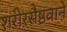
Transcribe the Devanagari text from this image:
शरीरसैष्ठवाने